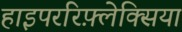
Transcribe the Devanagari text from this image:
हाइपररिफ़्लेक्सिया